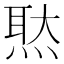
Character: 𤋕